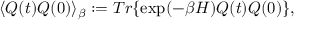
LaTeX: \langle Q ( t ) Q ( 0 ) \rangle _ { \beta } : = T r \{ \exp ( - \beta H ) Q ( t ) Q ( 0 ) \} ,